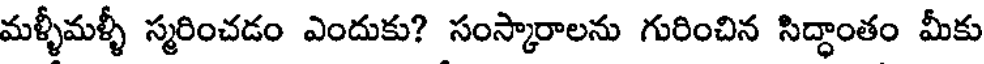
మళ్ళీమళ్ళీ స్మరించడం ఎందుకు? సంస్కారాలను గురించిన సిద్ధాంతం మీకు